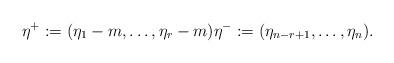
LaTeX: \begin{align*}\eta^{+}:=(\eta_1-m,\ldots,\eta_r-m)\eta^{-}:=(\eta_{n-r+1},\ldots,\eta_n).\end{align*}